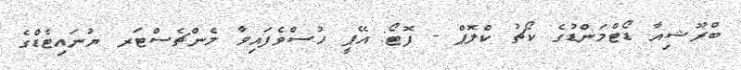
ބްރޫޝިއާ ޑޯޓްމަންޑުގެ ކޯޗު ކްލޮޕް - ފޮޓޯ: އޭޕީ ހުސްވެފައިވާ މެންޗެސްޓަރ ޔުނައިޓެޑްގެ